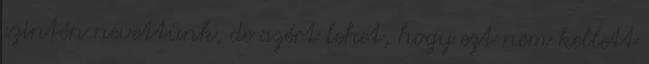
szintén nevettünk, de azért lehet, hogy ezt nem kellett